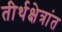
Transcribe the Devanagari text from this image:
तीर्थक्षेत्रांत